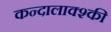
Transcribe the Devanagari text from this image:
कन्दालाक्श्की